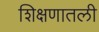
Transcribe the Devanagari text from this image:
शिक्षणातली